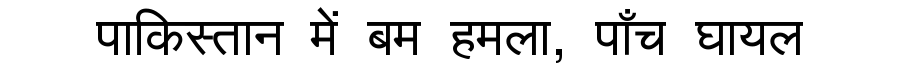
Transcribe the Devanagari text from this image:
पाकिस्तान में बम हमला, पाँच घायल